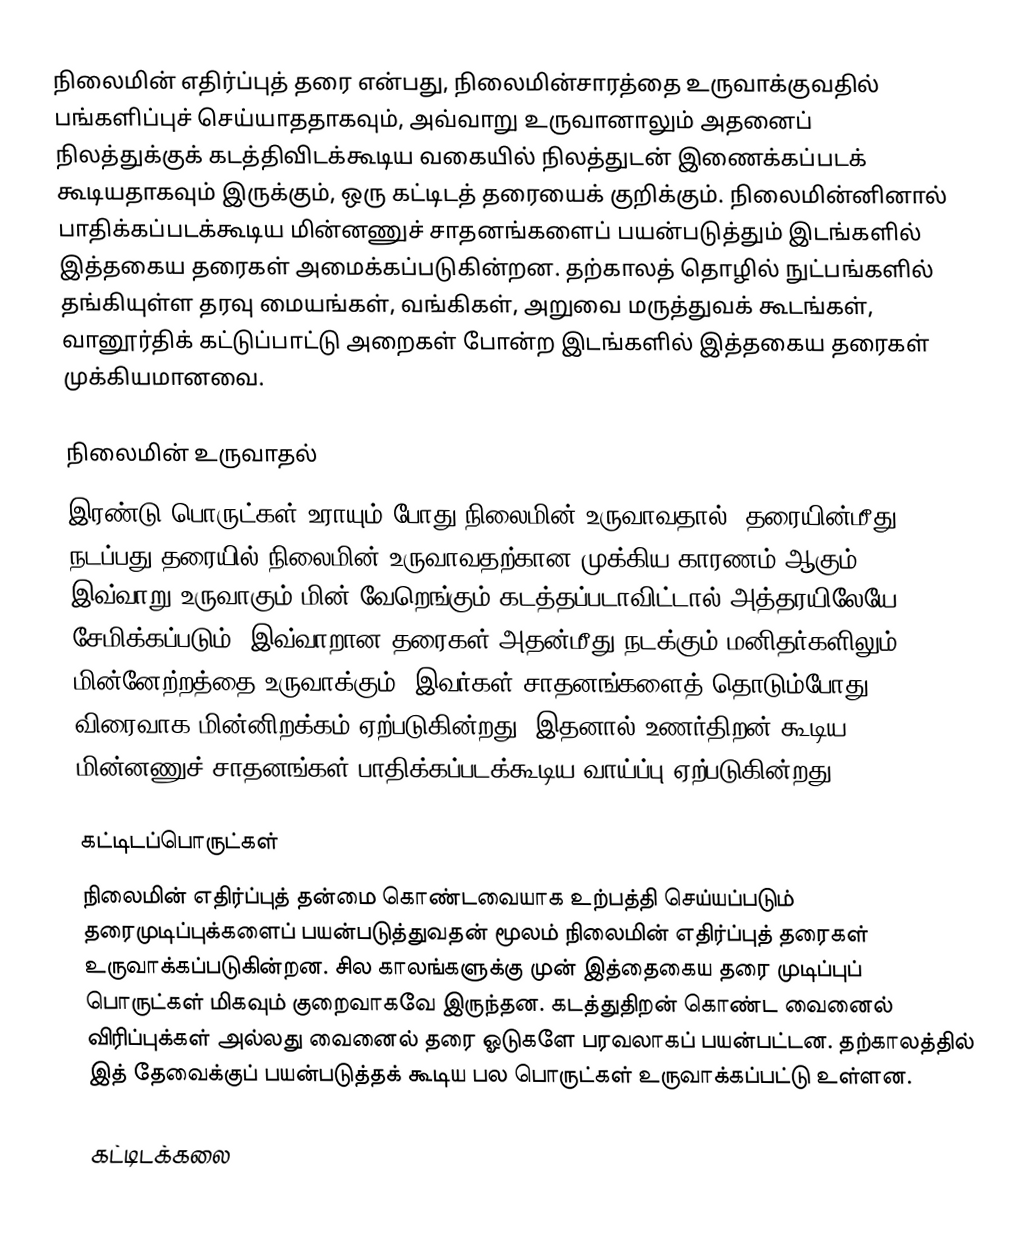
நிலைமின் எதிர்ப்புத் தரை என்பது, நிலைமின்சாரத்தை உருவாக்குவதில் பங்களிப்புச் செய்யாததாகவும், அவ்வாறு உருவானாலும் அதனைப் நிலத்துக்குக் கடத்திவிடக்கூடிய வகையில் நிலத்துடன் இணைக்கப்படக் கூடியதாகவும் இருக்கும், ஒரு கட்டிடத் தரையைக் குறிக்கும். நிலைமின்னினால் பாதிக்கப்படக்கூடிய மின்னணுச் சாதனங்களைப் பயன்படுத்தும் இடங்களில் இத்தகைய தரைகள் அமைக்கப்படுகின்றன. தற்காலத் தொழில் நுட்பங்களில் தங்கியுள்ள தரவு மையங்கள், வங்கிகள், அறுவை மருத்துவக் கூடங்கள், வானூர்திக் கட்டுப்பாட்டு அறைகள் போன்ற இடங்களில் இத்தகைய தரைகள் முக்கியமானவை.

நிலைமின் உருவாதல்
இரண்டு பொருட்கள் உராயும் போது நிலைமின் உருவாவதால், தரையின்மீது நடப்பது தரையில் நிலைமின் உருவாவதற்கான முக்கிய காரணம் ஆகும். இவ்வாறு உருவாகும் மின் வேறெங்கும் கடத்தப்படாவிட்டால் அத்தரயிலேயே சேமிக்கப்படும். இவ்வாறான தரைகள் அதன்மீது நடக்கும் மனிதர்களிலும் மின்னேற்றத்தை உருவாக்கும். இவர்கள் சாதனங்களைத் தொடும்போது விரைவாக மின்னிறக்கம் ஏற்படுகின்றது. இதனால் உணர்திறன் கூடிய மின்னணுச் சாதனங்கள் பாதிக்கப்படக்கூடிய வாய்ப்பு ஏற்படுகின்றது.

கட்டிடப்பொருட்கள்
நிலைமின் எதிர்ப்புத் தன்மை கொண்டவையாக உற்பத்தி செய்யப்படும் தரைமுடிப்புக்களைப் பயன்படுத்துவதன் மூலம் நிலைமின் எதிர்ப்புத் தரைகள் உருவாக்கப்படுகின்றன. சில காலங்களுக்கு முன் இத்தைகைய தரை முடிப்புப் பொருட்கள் மிகவும் குறைவாகவே இருந்தன. கடத்துதிறன் கொண்ட வைனைல் விரிப்புக்கள் அல்லது வைனைல் தரை ஓடுகளே பரவலாகப் பயன்பட்டன. தற்காலத்தில் இத் தேவைக்குப் பயன்படுத்தக் கூடிய பல பொருட்கள் உருவாக்கப்பட்டு உள்ளன.

கட்டிடக்கலை